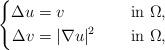
LaTeX: \begin{align*}\left\{\begin{aligned}\Delta u&=v &&\quad\mbox{ in } \Omega, \\\Delta v&=|\nabla u|^2 &&\quad\mbox{ in } \Omega,\end{aligned}\right.\end{align*}